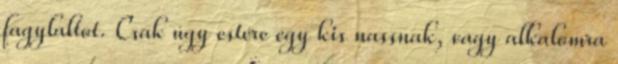
fagylaltot. Csak úgy estére egy kis nassnak, vagy alkalomra